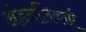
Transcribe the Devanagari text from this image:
अंडनलिकाएँ